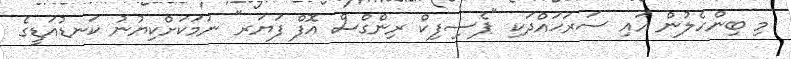
މި ބިންހެލުން އައި ސަރަޙައްދަކި "ޕެސިފިކް ރިންގްސް އޮފް ފަޔަރ" ނަމަކަށްކިޔުނު ކަނޑުއަޑީގެ